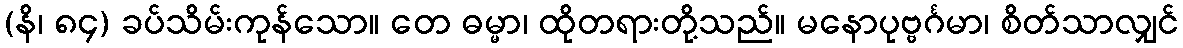
(နိ၊ ၈၄) ခပ်သိမ်းကုန်သော။ တေ ဓမ္မာ၊ ထိုတရားတို့သည်။ မနောပုဗ္ဗင်္ဂမာ၊ စိတ်သာလျှင်